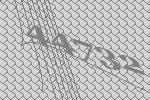
44732